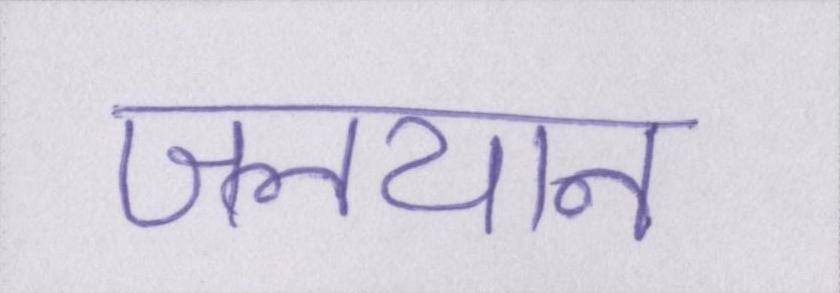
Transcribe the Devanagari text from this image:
जलयान